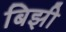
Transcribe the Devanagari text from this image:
बिझी